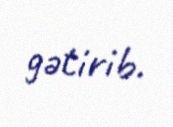
gətirib.